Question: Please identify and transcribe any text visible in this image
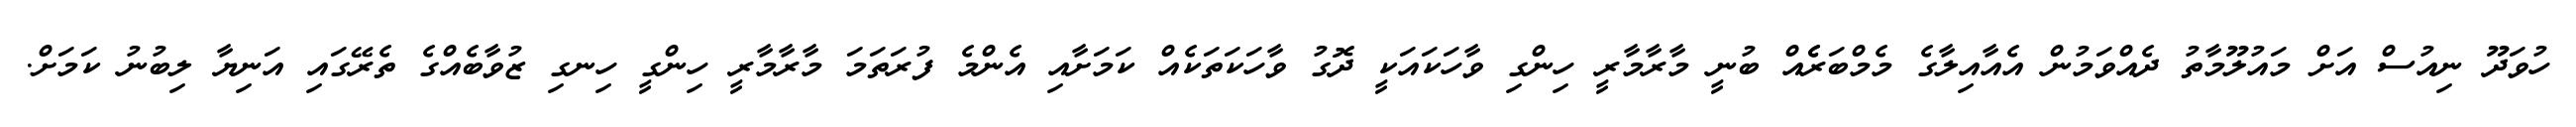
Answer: ހުވަދޫ ނިއުސް އަށް މައުލޫމާތު ދެއްވަމުން އެއާއިލާގެ މެމްބަރެެއް ބުނީ މާރާމާރީ ހިންގި ވާހަކައަކީ ދޮގު ވާހަކަތަކެއް ކަމަށާއި އެންމެ ފުރަތަމަ މާރާމާރީ ހިންގީ ހިނގި ޒުވާބެއްގެ ތެރޭގައި އަނިޔާ ލިބުނު ކަމަށް.